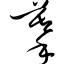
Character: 摹